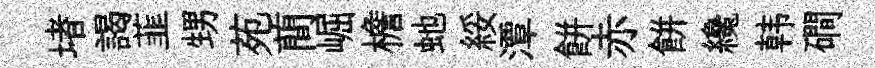
堵謁韮甥苑蕳崛檐虵綏潭餅赤餅纔韩磵